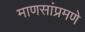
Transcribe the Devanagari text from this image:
माणसांप्रमणे